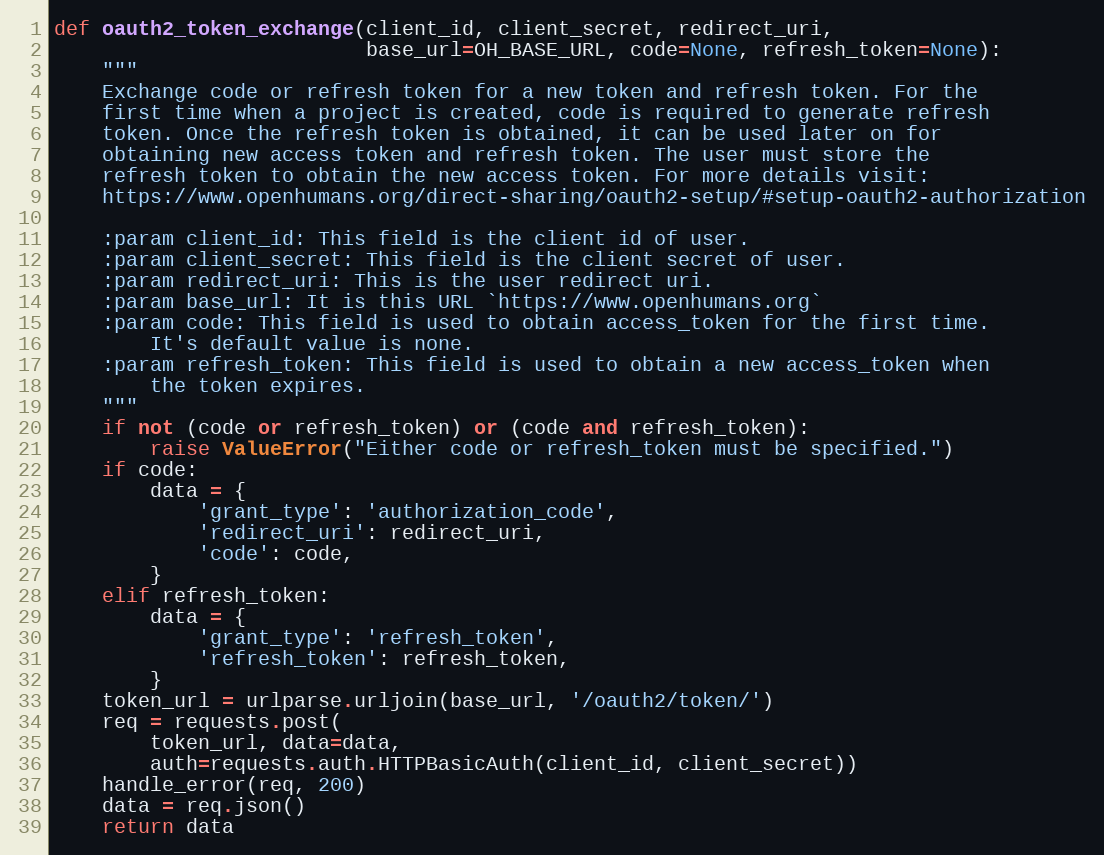
Language: Python
def oauth2_token_exchange(client_id, client_secret, redirect_uri,
                          base_url=OH_BASE_URL, code=None, refresh_token=None):
    """
    Exchange code or refresh token for a new token and refresh token. For the
    first time when a project is created, code is required to generate refresh
    token. Once the refresh token is obtained, it can be used later on for
    obtaining new access token and refresh token. The user must store the
    refresh token to obtain the new access token. For more details visit:
    https://www.openhumans.org/direct-sharing/oauth2-setup/#setup-oauth2-authorization

    :param client_id: This field is the client id of user.
    :param client_secret: This field is the client secret of user.
    :param redirect_uri: This is the user redirect uri.
    :param base_url: It is this URL `https://www.openhumans.org`
    :param code: This field is used to obtain access_token for the first time.
        It's default value is none.
    :param refresh_token: This field is used to obtain a new access_token when
        the token expires.
    """
    if not (code or refresh_token) or (code and refresh_token):
        raise ValueError("Either code or refresh_token must be specified.")
    if code:
        data = {
            'grant_type': 'authorization_code',
            'redirect_uri': redirect_uri,
            'code': code,
        }
    elif refresh_token:
        data = {
            'grant_type': 'refresh_token',
            'refresh_token': refresh_token,
        }
    token_url = urlparse.urljoin(base_url, '/oauth2/token/')
    req = requests.post(
        token_url, data=data,
        auth=requests.auth.HTTPBasicAuth(client_id, client_secret))
    handle_error(req, 200)
    data = req.json()
    return data